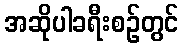
အဆိုပါခရီးစဉ်တွင်